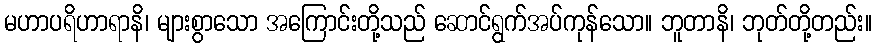
မဟာပရိဟာရာနိ၊ များစွာသော အကြောင်းတို့သည် ဆောင်ရွက်အပ်ကုန်သော။ ဘူတာနိ၊ ဘုတ်တို့တည်း။